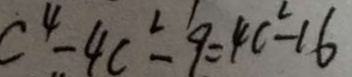
c ^ { 4 } - 4 c ^ { 2 } - 9 = 4 c ^ { 2 } - 1 6